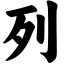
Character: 列